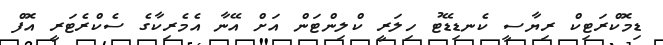
ޑިމޮކްރަޓިކް ރިޔާސީ ކެނޑިޑޭޓު ހިލަރީ ކްލިންޓަން އަށް އޭނާ އެމެރިކާގެ ސެކްރެޓަރީ އޮފް